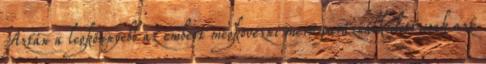
Aztán a legkönnyebb az embert megkövezni mert paráználkodott,csak azt